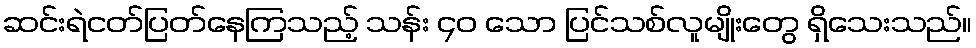
ဆင်းရဲငတ်ပြတ်နေကြသည့် သန်း ၄၀ သော ပြင်သစ်လူမျိုးတွေ ရှိသေးသည်။